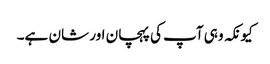
کیونکہ وہی آپ کی پہچان اور شان ہے۔